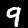
Label: 9